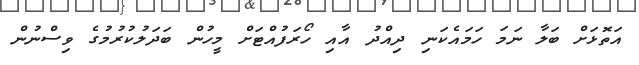
އަތޮޅަށް ބަލާ ނަމަ ހަމައެކަނި ދިއްދު އާއި ހޯރަފުއްޓަށް މީހުން ބަދަލުކުރުމުގެ ވިސްނުން